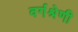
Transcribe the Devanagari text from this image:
वर्गश्रेणी